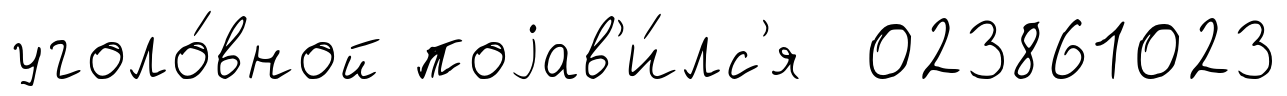
уголо́вной поjав'и́лс'я 023861023